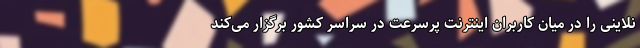
نلاینی را در میان کاربران اینترنت پرسرعت در سراسر کشور برگزار می‌کند